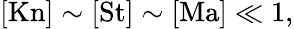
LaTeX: [\mathrm{Kn}]\sim[\mathrm{St}]\sim[\mathrm{Ma}]\ll 1,